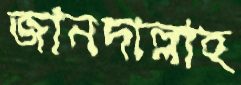
জানদাল্লাহ